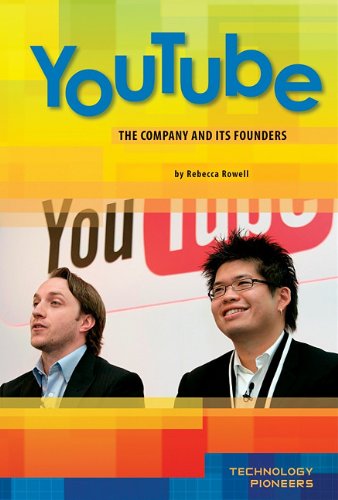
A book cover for Youtube: The Company and Its Founders (Technology Pioneers); Rebecca Rowell; Children's Books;